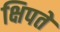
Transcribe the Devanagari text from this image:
क्षिपते